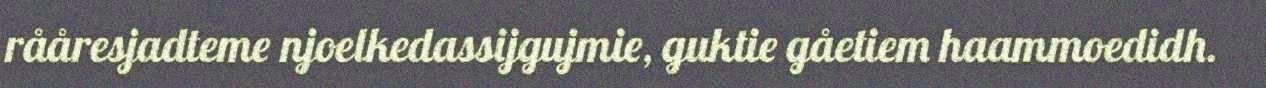
rååresjadteme njoelkedassijgujmie, guktie gåetiem haammoedidh.